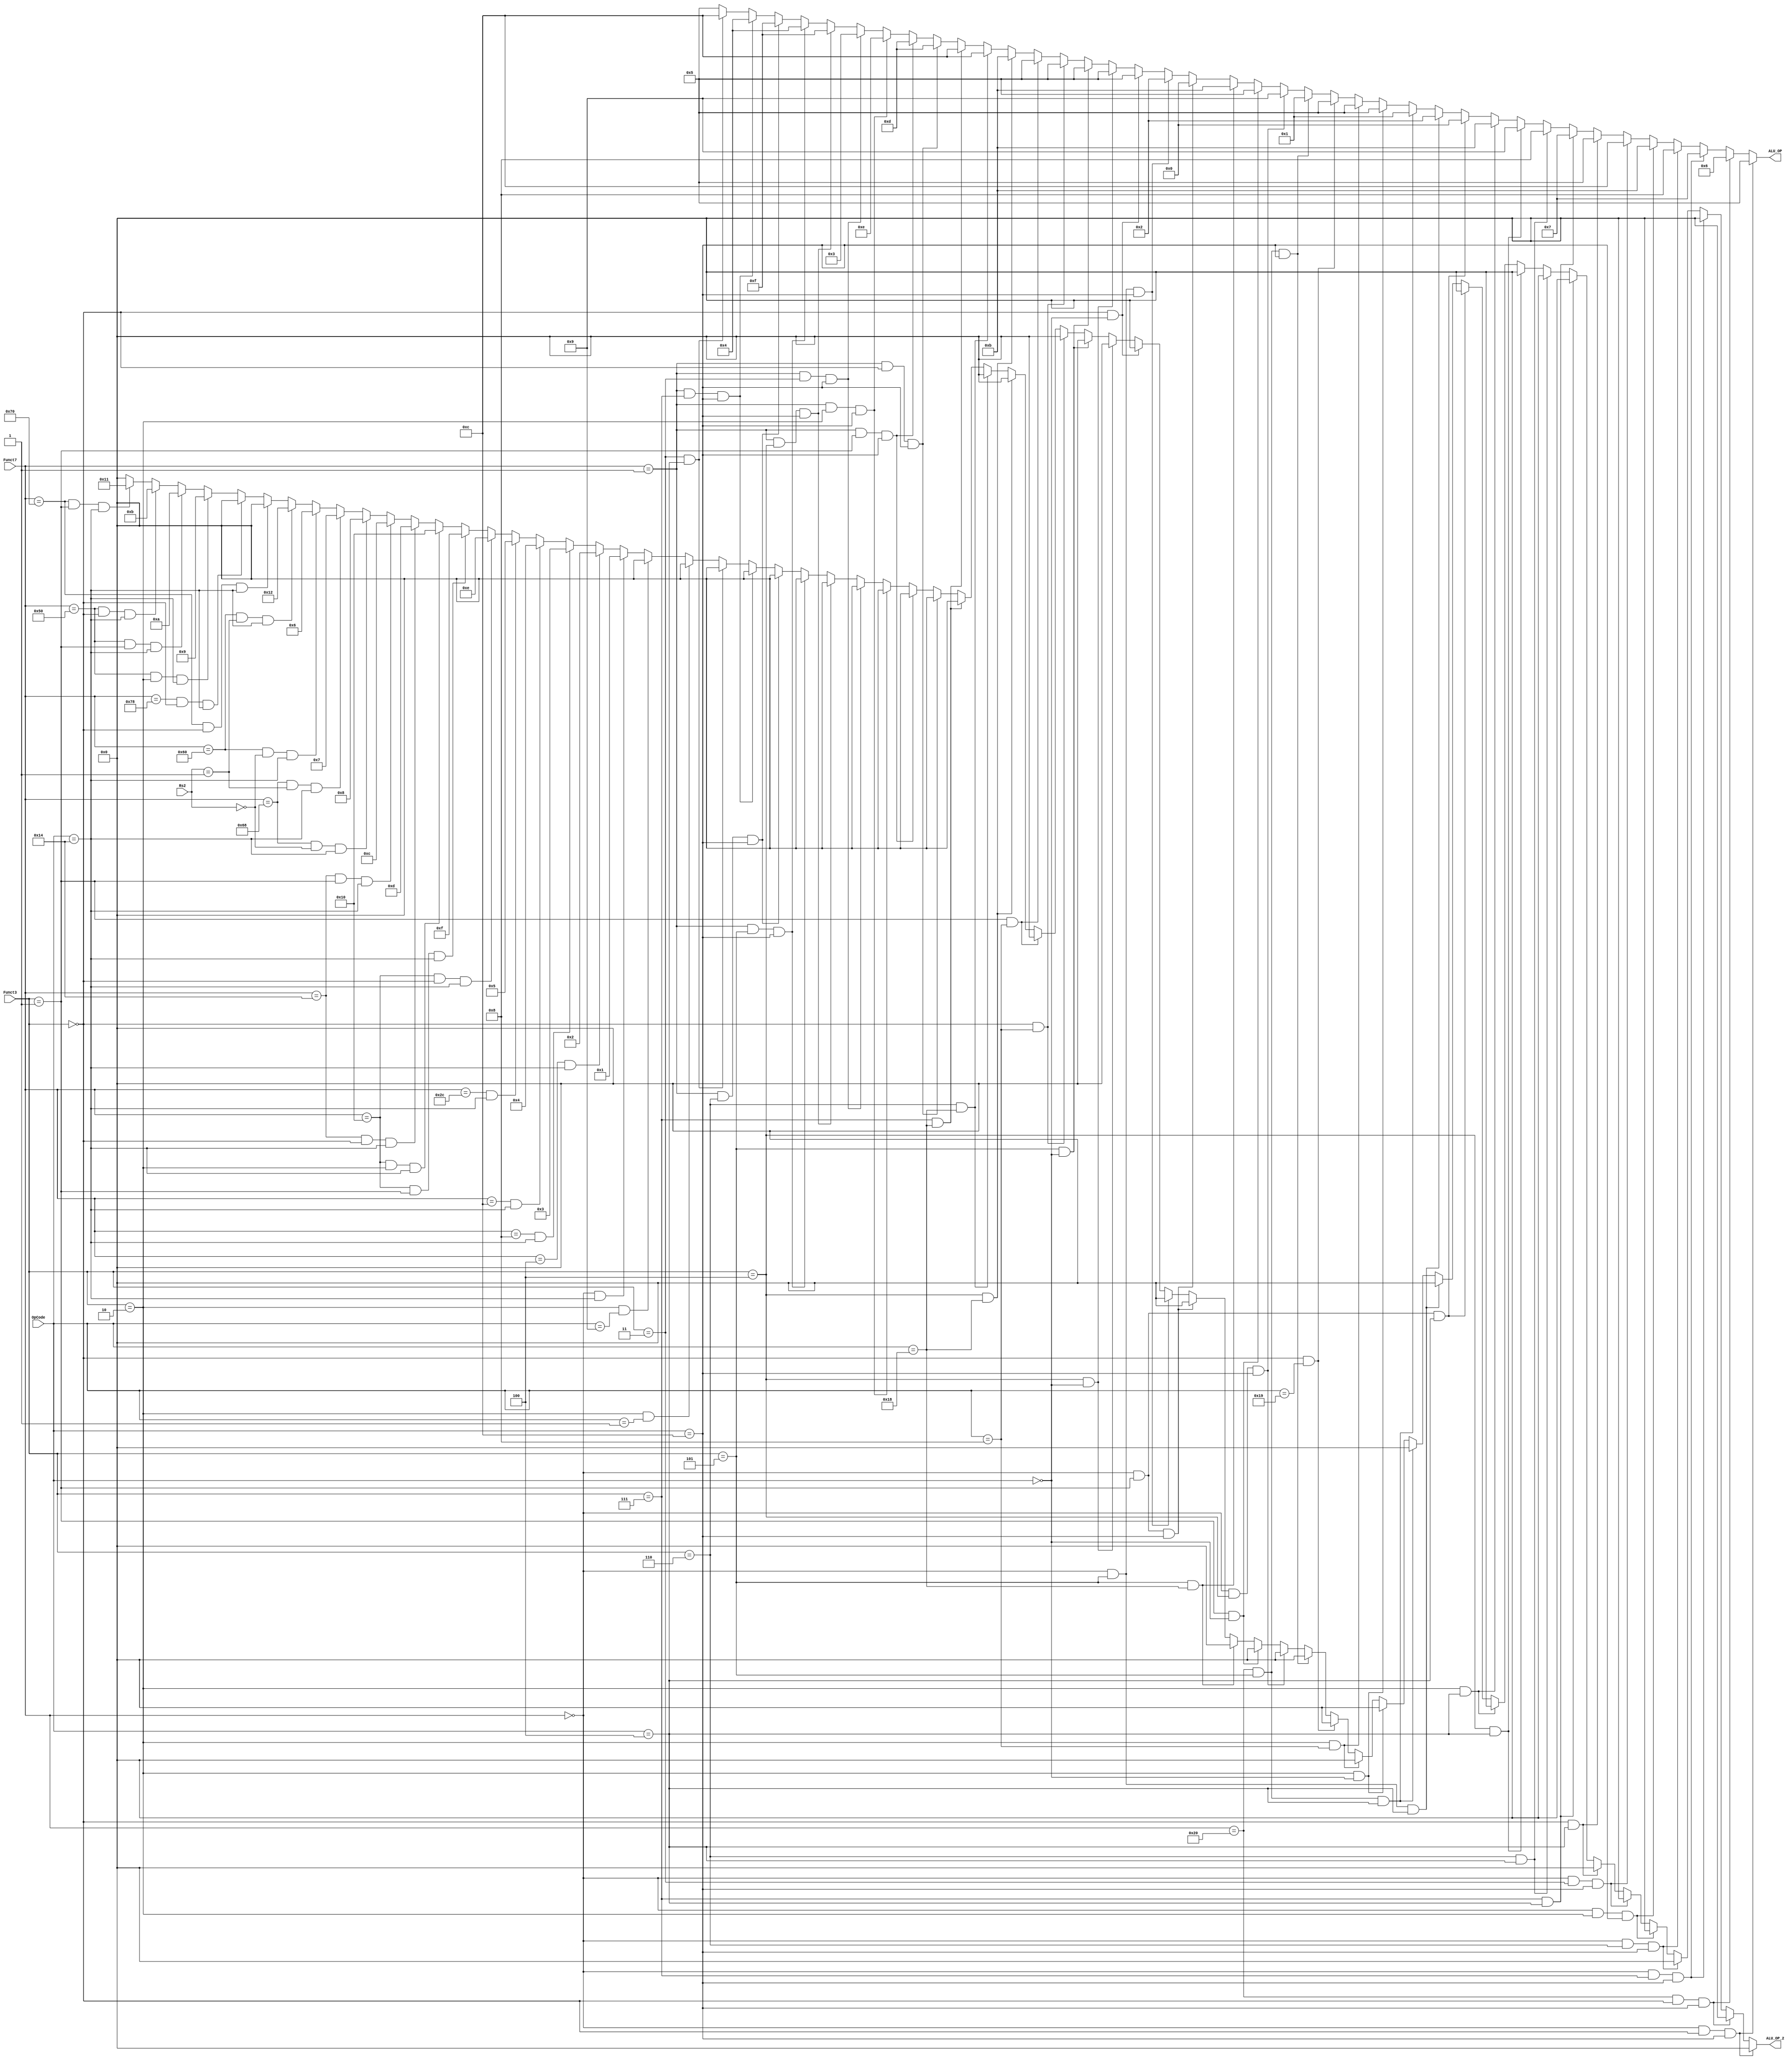
`timescale 1ns / 1ps
//////////////////////////////////////////////////////////////////////////////////
// Company: 
// Engineer: 
// 
// Design Name: 
// Module Name: controller_with_float
// Project Name: 
// Target Devices: 
// Tool Versions: 
// Description: 
// 
// Dependencies: 
// 
// Revision:
// Revision 0.01 - File Created
// Additional Comments:
// 
//////////////////////////////////////////////////////////////////////////////////


module controller_with_float(Funct7,Funct3,OpCode,Rs2,ALU_OP,ALU_OP_2);
    input [6:0] Funct7;
    input [2:0] Funct3;
    input [4:0] OpCode;
    input [4:0] Rs2;
    output reg[3:0] ALU_OP;
    output reg[4:0] ALU_OP_2;
    
    initial begin
        ALU_OP = 4'd5;
        ALU_OP_2 = 5'd0;
    end
    
    always @(Rs2,Funct7,Funct3,OpCode) begin
        if(Funct7 == 7'd0 && Funct3 == 3'd0 && OpCode == 5'hc)  begin
            ALU_OP = 4'd5;
            ALU_OP_2 = 5'd0;
        end
        else if(Funct7 == 7'd32 && Funct3 == 3'd0 && OpCode == 5'hc)  begin
            ALU_OP = 4'd6;
            ALU_OP_2 = 5'd0;
        end
        else if(Funct7 == 7'd0 && Funct3 == 3'd7 && OpCode == 5'hc)  begin
            ALU_OP = 4'd7;
            ALU_OP_2 = 5'd0;
        end
        else if(Funct7 == 7'd0 && Funct3 == 3'd6 && OpCode == 5'hc)  begin
            ALU_OP = 4'd8;
            ALU_OP_2 = 5'd0;
        end
        else if(Funct7 == 7'd0 && Funct3 == 3'd2 && OpCode == 5'hc)  begin
            ALU_OP = 4'd11;
            ALU_OP_2 = 5'd0;
        end
        else if(Funct7 == 7'd0 && Funct3 == 3'd3 && OpCode == 5'hc)  begin
            ALU_OP = 4'd12;
            ALU_OP_2 = 5'd0;
        end
        else if(Funct3 == 3'd0 && OpCode == 5'h4)  begin
            ALU_OP = 4'd5;
            ALU_OP_2 = 5'd0;
        end
        else if(Funct3 == 3'd7 && OpCode == 5'h4)  begin
            ALU_OP = 4'd7;
            ALU_OP_2 = 5'd0;
        end
        else if(Funct3 == 3'd6 && OpCode == 5'h4)  begin
            ALU_OP = 4'd8;
            ALU_OP_2 = 5'd0;
        end
        else if(Funct3 == 3'd4 && OpCode == 5'h4)  begin
            ALU_OP = 4'd9;
            ALU_OP_2 = 5'd0;
        end
        else if(Funct3 == 3'd2 && OpCode == 5'h4)  begin
            ALU_OP = 4'd11;
            ALU_OP_2 = 5'd0;
        end
        else if(Funct7 == 7'd0 && Funct3 == 3'd1 && OpCode == 5'h4)  begin
            ALU_OP = 4'd0;
            ALU_OP_2 = 5'd0;
        end
        else if(Funct7 == 7'd0 && Funct3 == 3'd5 && OpCode == 5'h4)  begin
            ALU_OP = 4'd2;
            ALU_OP_2 = 5'd0;
        end
        else if(Funct7 == 7'd32 && Funct3 == 3'd5 && OpCode == 5'h4)  begin
            ALU_OP = 4'd1;
            ALU_OP_2 = 5'd0;
        end
        else if(Funct3 == 3'd2 && OpCode == 5'h0)  begin
            ALU_OP = 4'd5;
            ALU_OP_2 = 5'd0;
        end
        else if(Funct3 == 3'd2 && OpCode == 5'h8)  begin
            ALU_OP = 4'd5;
            ALU_OP_2 = 5'd0;
        end
        else if(Funct3 == 3'd0 && OpCode == 5'h19)  begin
            ALU_OP = 4'd5;
            ALU_OP_2 = 5'd0;
        end
        else if(Funct7 == 7'd32 && Funct3 == 3'd5 && OpCode == 5'hc) begin
            ALU_OP = 4'd1;
            ALU_OP_2 = 5'd0;
        end
        else if(Funct7 == 7'd0 && Funct3 == 3'd4 && OpCode == 5'hc)  begin
            ALU_OP = 4'd9;
            ALU_OP_2 = 5'd0;
        end
        else if(Funct3 == 3'd1 && OpCode == 5'h0)  begin
            ALU_OP = 4'd5;
            ALU_OP_2 = 5'd0;
        end
        else if(Funct3 == 3'd5 && OpCode == 5'h18)  begin
            ALU_OP = 4'd11;
            ALU_OP_2 = 5'd0;
        end
        else if(Funct7 == 7'd0 && Funct3 == 3'd1 && OpCode == 5'hc)  begin
            ALU_OP = 4'd0;
            ALU_OP_2 = 5'd0;
        end
        else if(Funct7 == 7'd0 && Funct3 == 3'd5 && OpCode == 5'hc)  begin
            ALU_OP = 4'd2;
            ALU_OP_2 = 5'd0;
        end
        else if(Funct3 == 3'd0 && OpCode == 5'h0)  begin
            ALU_OP = 4'd5;
            ALU_OP_2 = 5'd0;
        end
        else if(Funct3 == 3'd4 && OpCode == 5'h0)  begin
            ALU_OP = 4'd5;
            ALU_OP_2 = 5'd0;
        end
        else if(Funct3 == 3'd5 && OpCode == 5'h0)  begin
            ALU_OP = 4'd5;
            ALU_OP_2 = 5'd0;
        end
        else if(Funct3 == 3'd0 && OpCode == 5'h8)  begin
            ALU_OP = 4'd5;
            ALU_OP_2 = 5'd0;
        end
        else if(Funct3 == 3'd1 && OpCode == 5'h8)  begin
            ALU_OP = 4'd5;
            ALU_OP_2 = 5'd0;
        end
        else if(Funct3 == 3'd4 && OpCode == 5'h18)  begin
            ALU_OP = 4'd11;
            ALU_OP_2 = 5'd0;
        end
        else if(Funct3 == 3'd6 && OpCode == 5'h18)  begin
            ALU_OP = 4'd12;
            ALU_OP_2 = 5'd0;
        end
        else if(Funct3 == 3'd7 && OpCode == 5'h18)  begin
            ALU_OP = 4'd12;
            ALU_OP_2 = 5'd0;
        end
        else if(Funct7 == 7'd1 && Funct3 == 3'd0 && OpCode == 5'hc)  begin
            ALU_OP = 4'd13;
            ALU_OP_2 = 5'd0;
        end
        else if(Funct7 == 7'd1 && Funct3 == 3'd1 && OpCode == 5'hc)  begin
            ALU_OP = 4'd13;
            ALU_OP_2 = 5'd0;
        end
        else if(Funct7 == 7'd1 && Funct3 == 3'd2 && OpCode == 5'hc)  begin
            ALU_OP = 4'd14;
            ALU_OP_2 = 5'd0;
        end
        else if(Funct7 == 7'd1 && Funct3 == 3'd3 && OpCode == 5'hc)  begin
            ALU_OP = 4'd3;
            ALU_OP_2 = 5'd0;
        end
        else if(Funct7 == 7'd1 && Funct3 == 3'd4 && OpCode == 5'hc)  begin
            ALU_OP = 4'd15;
            ALU_OP_2 = 5'd0;
        end
        else if(Funct7 == 7'd1 && Funct3 == 3'd5 && OpCode == 5'hc)  begin
            ALU_OP = 4'd4;
            ALU_OP_2 = 5'd0;
        end
        else if(Funct7 == 7'd1 && Funct3 == 3'd6 && OpCode == 5'hc)  begin
            ALU_OP = 4'd15;
            ALU_OP_2 = 5'd0;
        end
        else if(Funct7 == 7'd1 && Funct3 == 3'd7 && OpCode == 5'hc)  begin
            ALU_OP = 4'd4;
            ALU_OP_2 = 5'd0;
        end
        else if(Funct3 == 3'd3 && OpCode == 5'h4)  begin
            ALU_OP = 4'd12;
            ALU_OP_2 = 5'd0;
        end
        
        
        else if(Funct3 == 3'd2 && OpCode == 5'b00001) begin 
            ALU_OP_2 = 5'd0;
            ALU_OP = 4'd5;
        end
        else if(Funct3 == 3'd2 && OpCode == 5'b01001) begin
            ALU_OP_2 = 5'd0;
            ALU_OP = 4'd5;
        end
        else if(Funct7 == 7'd0 && OpCode == 5'b10100) begin
            ALU_OP_2 = 5'd1;
            ALU_OP = 4'd5;
        end
        else if(Funct7 == 7'd4 && OpCode == 5'b10100) begin
            ALU_OP_2 = 5'd2;
            ALU_OP = 4'd5;
        end
        else if(Funct7 == 7'd8 && OpCode == 5'b10100) begin
            ALU_OP_2 = 5'd3;
            ALU_OP = 4'd5;
        end
        else if(Funct7 == 7'd12 && OpCode == 5'b10100) begin
            ALU_OP_2 = 5'd4;
            ALU_OP = 4'd5;
        end
        else if(Funct7 == 7'd44 && OpCode == 5'b10100) begin
            ALU_OP_2 = 5'd5;
            ALU_OP = 4'd5;
        end
        else if(Funct7 == 7'd16 && Funct3 == 3'd0 && OpCode == 5'b10100) begin
            ALU_OP_2 = 5'd14;
            ALU_OP = 4'd5;
        end
        else if(Funct7 == 7'd16 && Funct3 == 3'd1 && OpCode == 5'b10100) begin
            ALU_OP_2 = 5'd15;
            ALU_OP = 4'd5;
        end
        else if(Funct7 == 7'd16 && Funct3 == 3'd2 && OpCode == 5'b10100) begin
            ALU_OP_2 = 5'd16;
            ALU_OP = 4'd5;
        end
        else if(Funct7 == 7'd20 && Funct3 == 3'd0 && OpCode == 5'b10100) begin
            ALU_OP_2 = 5'd13;
            ALU_OP = 4'd5;
        end
        else if(Funct7 == 7'd20 && Funct3 == 3'd1 && OpCode == 5'b10100) begin
            ALU_OP_2 = 5'd12;
            ALU_OP = 4'd5;
        end
        else if(Funct7 == 7'd104 && Rs2 == 3'd0 && OpCode == 5'b10100) begin
            ALU_OP_2 = 5'd8;
            ALU_OP = 4'd5;
        end
        else if(Funct7 == 7'd104 && Rs2 == 3'd1 && OpCode == 5'b10100) begin
            ALU_OP_2 = 5'd7;
            ALU_OP = 4'd5;
        end
        else if(Funct7 == 7'd96 && Rs2 == 3'd0 && OpCode == 5'b10100) begin
            ALU_OP_2 = 5'd6;
            ALU_OP = 4'd5;
        end
        else if(Funct7 == 7'd96 && Rs2 == 3'd1 && OpCode == 5'b10100) begin
            ALU_OP_2 = 5'd18;
            ALU_OP = 4'd5;
        end
        else if(Funct7 == 7'd112 && Funct3 == 3'd0 && OpCode == 5'b10100) begin
            ALU_OP_2 = 5'd0;
            ALU_OP = 4'd5;
        end
        else if(Funct7 == 7'd120 && Funct3 == 3'd0 && OpCode == 5'b10100) begin
            ALU_OP_2 = 5'd0;
            ALU_OP = 4'd5;
        end
        else if(Funct7 == 7'd80 && Funct3 == 3'd2 && OpCode == 5'b10100) begin
            ALU_OP_2 = 5'd9;
            ALU_OP = 4'd5;
        end
        else if(Funct7 == 7'd80 && Funct3 == 3'd1 && OpCode == 5'b10100) begin
            ALU_OP_2 = 5'd10;
            ALU_OP = 4'd5;
        end
        else if(Funct7 == 7'd80 && Funct3 == 3'd0 && OpCode == 5'b10100) begin
            ALU_OP_2 = 5'd11;
            ALU_OP = 4'd5;
        end
        else if(Funct7 == 7'd112 && Funct3 == 3'd1 && OpCode == 5'b10100) begin
            ALU_OP_2 = 5'd17;
            ALU_OP = 4'd5;
        end
        else begin
            ALU_OP = 4'd5;
            ALU_OP_2 = 5'd0;
        end
    end
endmodule